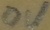
Text: 0V